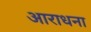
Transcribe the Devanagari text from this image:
अाराधना